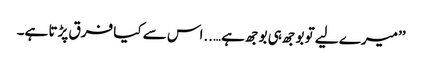
’’میرے لیے تو بوجھ ہی بوجھ ہے…..اس سے کیا فرق پڑتا ہے۔